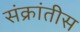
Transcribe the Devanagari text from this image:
संक्रांतीस